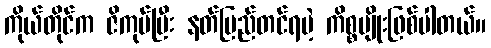
ကိုယ်တိုင်က ဇိကုပ်ပြီး နတ်ပြည်တင်ရမဲ့ ကိစ္စမျိုးဖြစ်ပါတယ်။